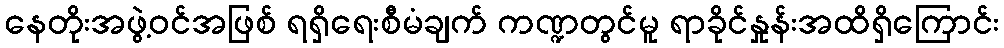
နေတိုးအဖွဲ့ဝင်အဖြစ် ရရှိရေးစီမံချက် ကဏ္ဍတွင်မူ ရာခိုင်နှုန်းအထိရှိကြောင်း